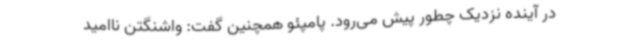
در آینده نزدیک چطور پیش می‌رود. پامپئو همچنین گفت: واشنگتن ناامید